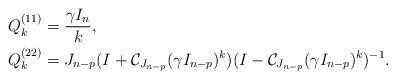
LaTeX: \begin{align*} {Q}_k^{(11)} &=\dfrac{\gamma I_n}{k},\\ {Q}_k^{(22)} &=J_{n-p}(I+\mathcal{C}_{J_{n-p}}(\gamma I_{n-p})^{k})(I-\mathcal{C}_{J_{n-p}}(\gamma I_{n-p})^{k})^{-1}.\end{align*}